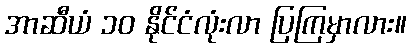
အာဆီယံ ၁၀ နိုင်ငံလုံးလာ ပြကြမှာလား။